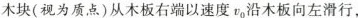
木块(视为质点)从木板右端以速度v_{0}沿木板向左滑行，